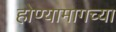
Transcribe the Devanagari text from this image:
होण्यामागच्या